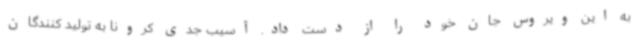
به این ویروس جان خود را از دست داد. آسیب جدی کرونا به تولید کنندگان